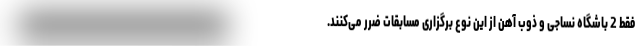
فقط 2 باشگاه نساجی و ذوب آهن از این نوع برگزاری مسابقات ضرر می‌کنند.